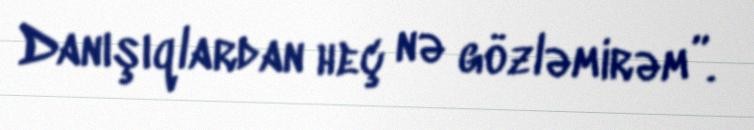
Danışıqlardan heç nə gözləmirəm”.